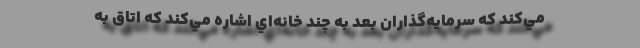
مي‌كند كه سرمايه‌گذاران بعد به چند خانه‌اي اشاره مي‌كند كه اتاق‌ به